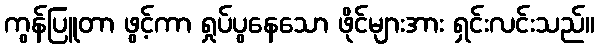
ကွန်ပြူတာ ဖွင့်ကာ ရှုပ်ပွနေသော ဖိုင်များအား ရှင်းလင်းသည်။